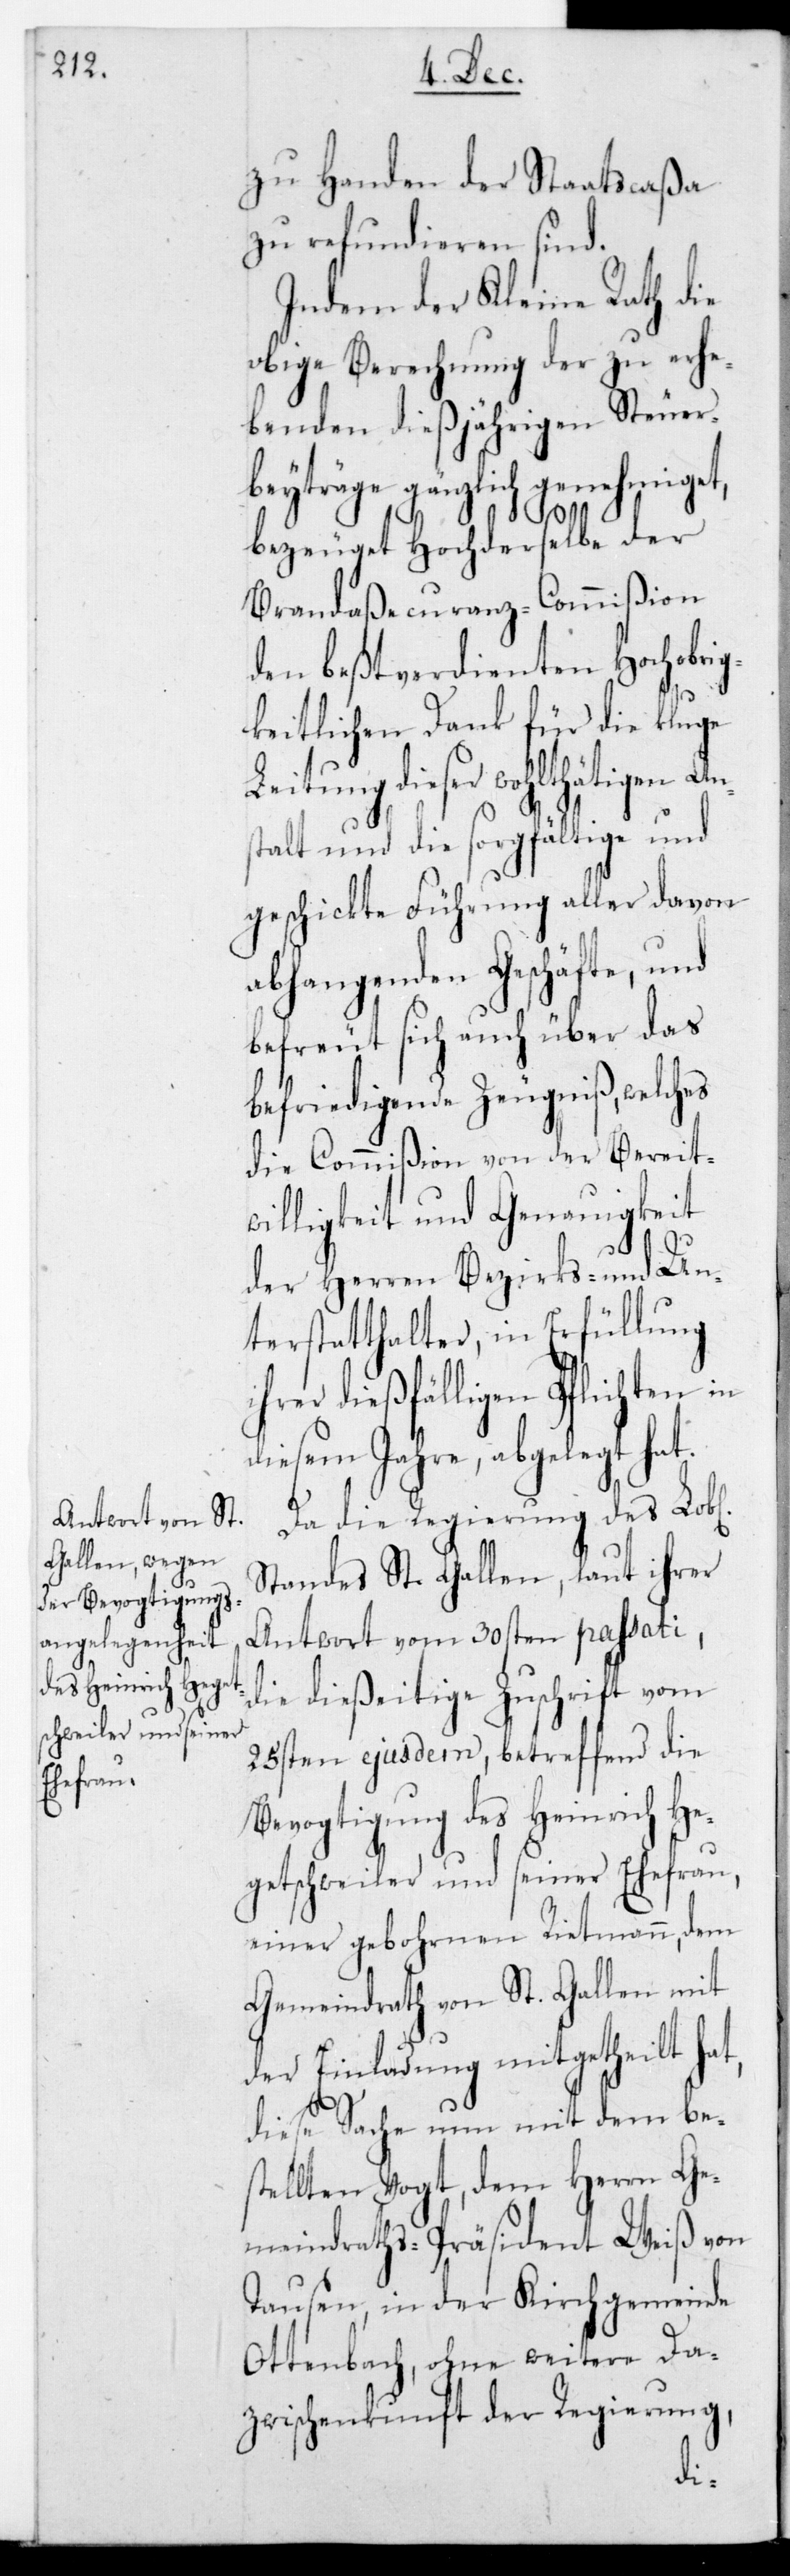
t,

zu Handen der Staatscaßa
zu refundieren sind.
Indem der Kleine Rath die
obige Berechnung der zu erhe¬
benden diesjährigen Steuer¬
beiträge gänzlich genehmiget,
bezeuget Hochderselbe der
Brandaßecuranz-Commißion
den beßtverdienten Hochobrig¬
keitlichen Dank für die kluge
dieser wohltätigen An¬
stalt und die sorgfältige und
geschickte Führung aller davon
abhangenden Geschäfte, und
befreut sich auch über das
befriedigende Zeugniß, welches
die Commißion von der Bereitw¬
illigkeit und Genauigkeit
der Herren Bezirks- und Un¬
terstatthalter, in Erfüllung
hrer dießfälligen Pflichten in
diesem Jahre abgelegt hat.
Da die Regierung des L.
Standes St. Gallen, laut ihrer
Antwort vom 30sten passati,
die dießeitige Zuschrift vom
25sten ejusdem, betreffend die
Bevogtigung des Heinrich He¬
getschweiler und seiner Ehefrau,
einer gebohrnen Rietmann, dem
Gemeindrath von St. Gallen mit
der Einladung mitgetheilt ha¬
diese Sache nun mit dem be¬
stellten Vogt, dem Herrn Ge¬
meindraths-Präsident Weiß von
Tausen, in der Kirchgemeinde
Ottenbach, ohne weitere Da¬
zwischenkunft der Regierung,
i¬